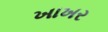
ખાખર